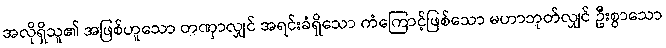
အလိုရှိသူ၏ အဖြစ်ဟူသော တဏှာလျှင် အရင်းခံရှိသော ကံကြောင့်ဖြစ်သော မဟာဘုတ်လျှင် ဦးစွာသော